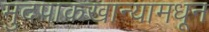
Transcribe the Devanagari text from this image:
मुदपाकखान्यामधून